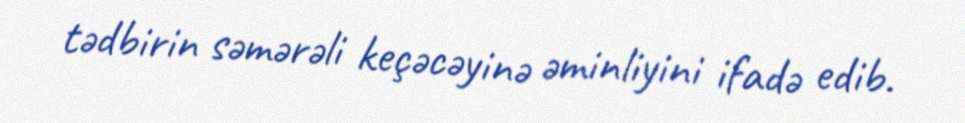
tədbirin səmərəli keçəcəyinə əminliyini ifadə edib.